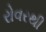
રોવરથી